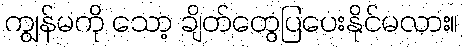
ကျွန်မကို သော့ ချိတ်တွေပြပေးနိုင်မလား။